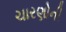
ચારણોની